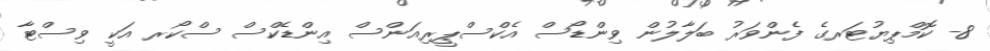
8- ކޮމްޕިޔުޓަރގެ ފެންވަރު ބަލާލުން ވިންޑޯސް އެކްސްޕީރިއަންސް އިންޑެކްސް ސްކޯރ އަކީ ވިސްޓާ